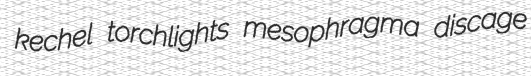
kechel torchlights mesophragma discage